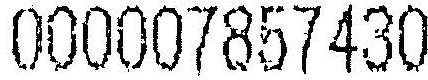
000007857430